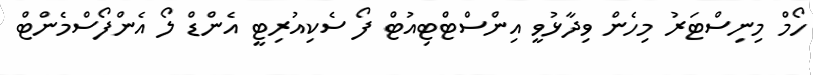
ހޯމް މިނިސްޓަރު މިހެން ވިދާޅުވީ އިންސްޓްޓިއުޓް ފޯ ސެކިއުރިޓީ އެންޑް ލޯ އެންފޯސްމެންޓް